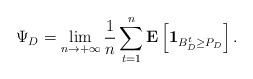
LaTeX: \begin{align*}\Psi_D = \lim_{n \to +\infty} \frac{1}{n} \sum_{t = 1}^{n} \mathbf{E} \left[ \mathbf{1}_{B_{D}^{t} \geq P_{D}} \right].\end{align*}